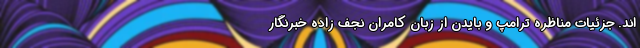
اند. جزئيات مناظره ترامپ و بایدن از زبان کامران نجف زاده خبرنگار